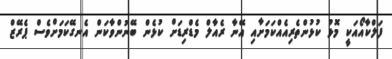
ފަލްކާއޯއަކީ މޮޅު ކުޅުންތެރިއެއްކަމަށާއި އޭނާ ރެއާލް މެޑްރިޑަށް ކުޅެން ބޭނުންވާކަން އެނގޭކަމަށްވެސް ޕެރޭޒް